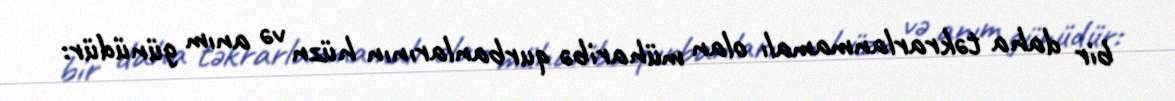
bir daha təkrarlanmamalı olan müharibə qurbanlarının hüzn və anım günüdür: